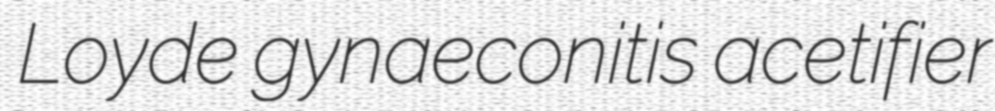
Loyde gynaeconitis acetifier